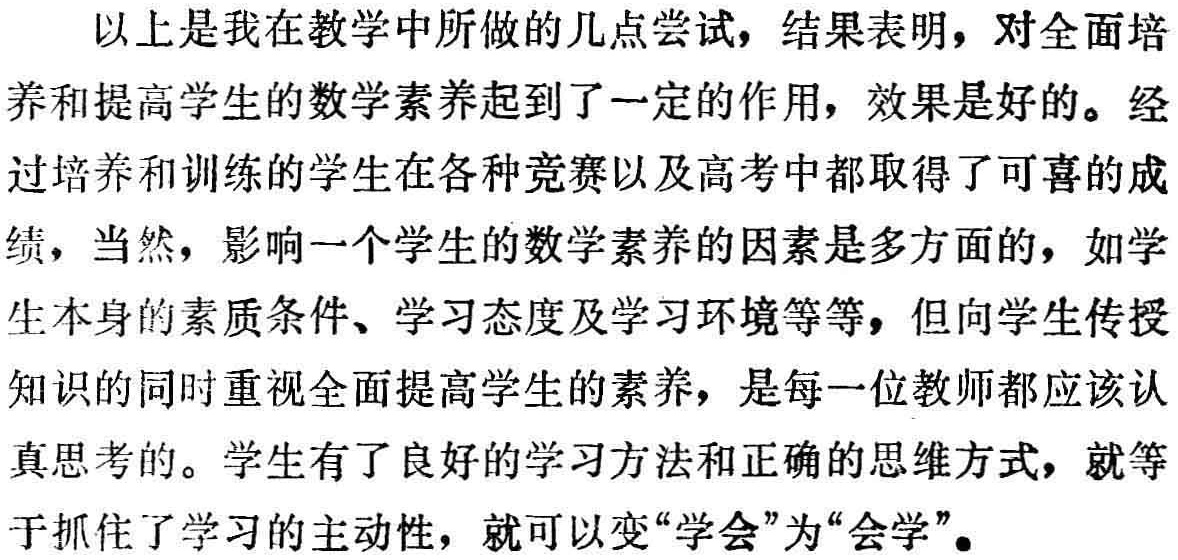
以上是我在教学中所做的几点尝试，结果表明，对全面培养和提高学生的数学素养起到了一定的作用，效果是好的。经过培养和训练的学生在各种竞赛以及高考中都取得了可喜的成绩，当然，影响一个学生的数学素养的因素是多方面的，如学生本身的素质条件、学习态度及学习环境等等，但向学生传授知识的同时重视全面提高学生的素养，是每一位教师都应该认真思考的。学生有了良好的学习方法和正确的思维方式，就等于抓住了学习的主动性，就可以变“学会”为“会学”。